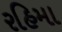
રહિમા